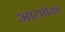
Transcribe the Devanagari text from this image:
आयपेक्षा